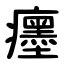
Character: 癦